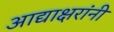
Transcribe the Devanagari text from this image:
आद्याक्षरांनी